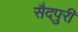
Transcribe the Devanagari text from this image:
सैदपुरी